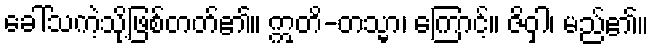
ခေါ်သကဲ့သို့ဖြစ်တတ်၏။ ဣတိ-တသ္မာ၊ ကြောင့်။ ဇိဝှါ၊ မည်၏။